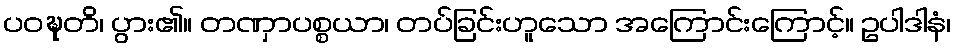
ပဝဍ္ဎတိ၊ ပွား၏။ တဏှာပစ္စယာ၊ တပ်ခြင်းဟူသော အကြောင်းကြောင့်။ ဥပါဒါနံ၊